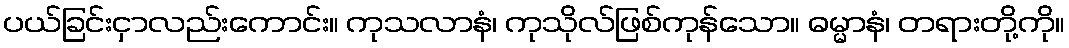
ပယ်ခြင်းငှာလည်းကောင်း။ ကုသလာနံ၊ ကုသိုလ်ဖြစ်ကုန်သော။ ဓမ္မာနံ၊ တရားတို့ကို။